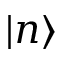
| n \rangle